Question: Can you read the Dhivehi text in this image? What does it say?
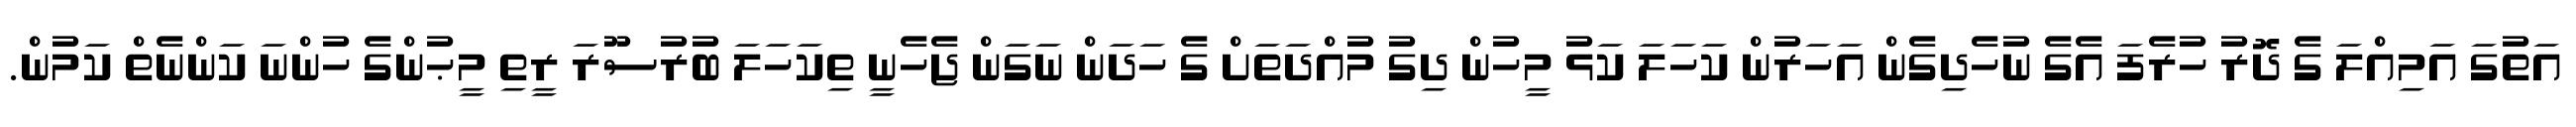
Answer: އަތުގަ އަމިއްލަ ގެ ދޮރު ހުރެފަ އެގެ ނުހެދިގެން އަހަރުން ކަހަލަ ކަޅު މީހުން ދިގު މުއްދަތަށް ގެ ހަދަން ނަގަން ޖެހެނީ ތިކަހަލަ ބުރުސޫރަ ރީތި މީޙުންގެ ހުންނަ ކަންނެތް ކަމުން.